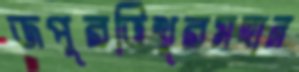
জপুরভিখুরমহান